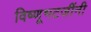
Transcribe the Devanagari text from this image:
विष्णूभटजींनी